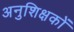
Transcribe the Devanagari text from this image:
अनुशिक्षकों